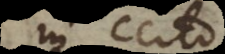
in certo